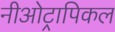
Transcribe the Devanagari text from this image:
नीओट्रापिकल